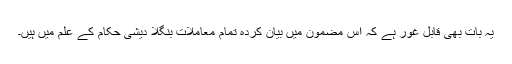
یہ بات بھی قابل غور ہے کہ اِس مضمون میں بیان کردہ تمام معاملات بنگلا دیشی حکام کے علم میں ہیں۔